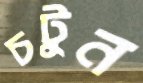
চটুন